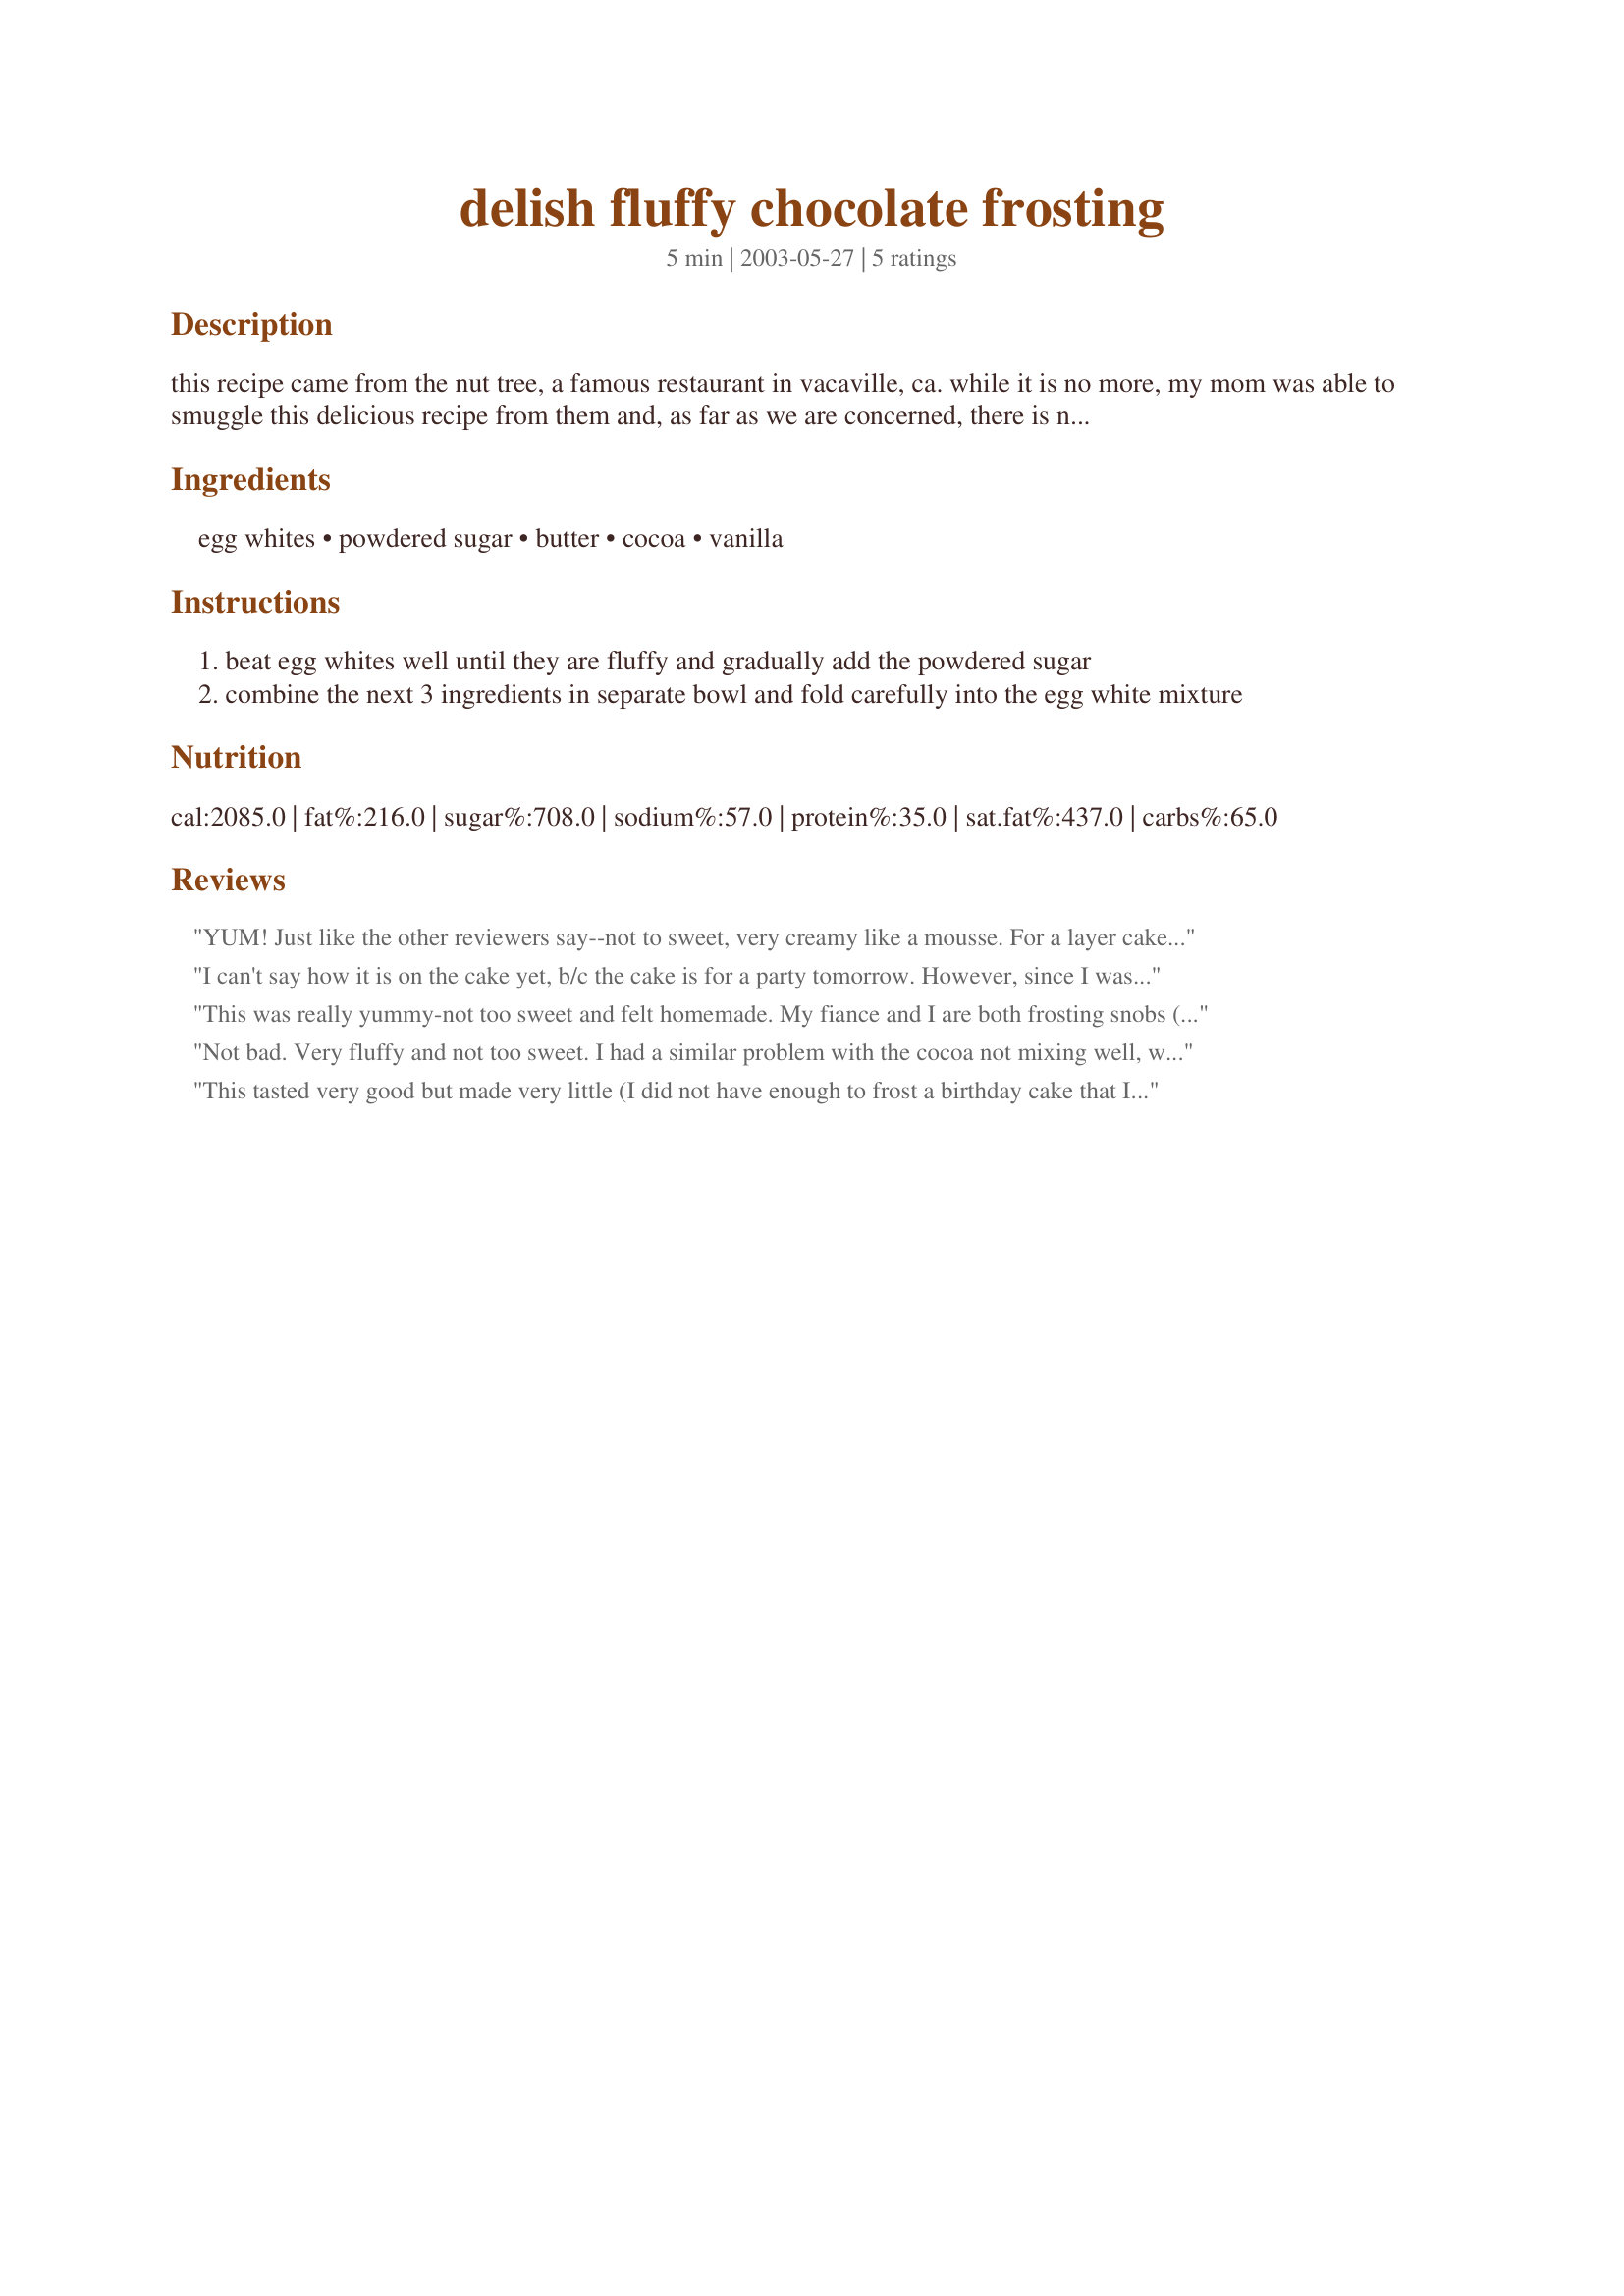
delish fluffy chocolate frosting
Preparation time: 5 minutes

this recipe came from the nut tree, a famous restaurant in vacaville, ca. while it is no more, my mom was able to smuggle this delicious recipe from them and, as far as we are concerned, there is no other chocolate frosting.

Ingredients:
egg whites, powdered sugar, butter, cocoa, vanilla

Steps:
beat egg whites well until they are fluffy and gradually add the powdered sugar
combine the next 3 ingredients in separate bowl and fold carefully into the egg white mixture

Reviews:
YUM! Just like the other reviewers say--not to sweet, very creamy like a mousse. For a layer cake I probably would make extra so I could pile it on. (Worked great for a 9X12 pan). The tips from MobeanBaker are great. I didn't have a problem after adding the butter mixture, but my butter was room-temp to start. With these few ingredients I always have on hand, and with the fact that it was SO easy, this will be a favorite of mine!
I can't say how it is on the cake yet, b/c the cake is for a party tomorrow. However, since I was frosting a 9x13 in the pan, I had a bit leftover, so...mmm. This is more rich than sweet, very creamy. Mine had little specks of the cocoa that didn't dissolve, but it looks more appetizing than the store-bought stuff.
This was really yummy-not too sweet and felt homemade. My fiance and I are both frosting snobs (we usually don't like any...they are always too sweet or a weird consistency...it's one of the reasons we rarely eat cake) but we both really liked this!

A FEW TIPS:
1. Make sure to soften the butter to spreadable (and then let it cool a bti) because otherwise it is difficult to blend the chocolate portion into the egg whites.
2. When I followed this and just 'folded' in the chocolate, the frosting was almost runny-sortof pudding consistency. This was great for spreading on top, but it ran all down the sides of my layer cake and didn't stick, so I just whipped it a whole bunch more (to get peaks) with an electric mixer and that worked fine.
3. Also I'm not sure what the other reviewer did, but I put some in between layers and all over and still had about 1 1/2c left over
Not bad. Very fluffy and not too sweet. I had a similar problem with the cocoa not mixing well, which gave the icing a light brown grainy look. Also, it didn't taste as chocolatey as I had hoped, and I needed very chocolatey because I was icing a hazelnut cake. However, I doubled the cocoa and it turned out perfectly =). It is a nice mid brown and tastes wonderful, and now the cake tastes like nutella =D. It made, I would say, about 3 to 4 cups of frosting, which was the perfect amount to frost a small one layer cake.<br/><br/>2 Tips:<br/> -MAKE SURE YOUR BUTTER IS SOFTENED!! If it isn't, this recipe will take a lot longer than 5 minutes.<br/> -If you want a softer icing, then add the 1 and a half cups of icing sugar, but if you want the consistency to ice a cake, you need all 2 cups.
This tasted very good but made very little (I did not have enough to frost a birthday cake that I had made). Also since this is supposed to be a chocolate frosting I guess I expected a real chocolate brown but this is a very light colored pale brown. Otherwise this was easy to make and the kids enjoyed licking the beaters clean.
